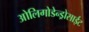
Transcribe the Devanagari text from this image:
ओलिगोडेन्ड्रोसाईट